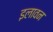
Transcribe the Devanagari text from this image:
इलावन